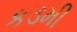
કડમી